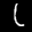
Label: 1